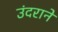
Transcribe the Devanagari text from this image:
उंदराने